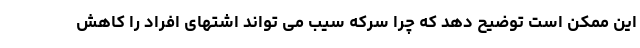
این ممکن است توضیح دهد که چرا سرکه سیب می تواند اشتهای افراد را کاهش